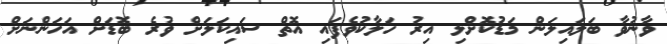
ވާނުވާ ބަލައިލަން މަޑުކޮށްލި އިރު ހަލާކުވެފައި އޮތް ސައިކަލަށް ވުރެ ބޮޑަށް އަހަންނަށް